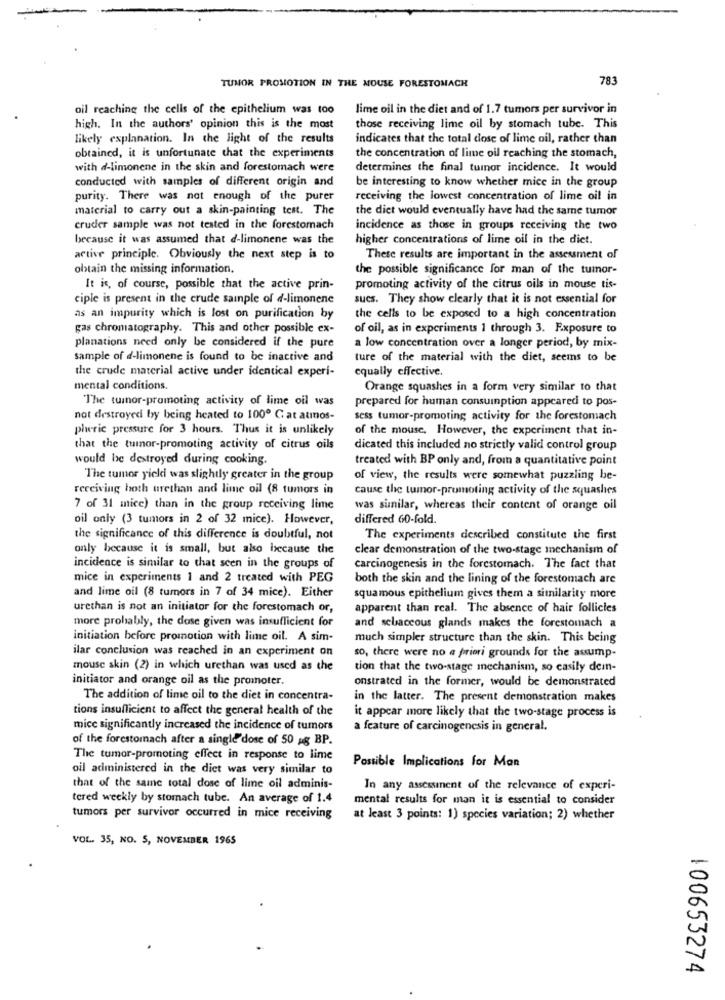
TUMOR PROMOTION IN THE MOUSE FORESTOMACH
783
oil reaching the cells of the epithelium was too
lime oil in the diet and of 1.7 tumors per survivor in
high. In the authors' opinion this is the most
those receiving lime oil by stomach tube. This
likely explanation. In the light of the results
indicates that the total dose of lime oil, rather than
the concentration of lime oil reaching the stomach,
obtained, it is unfortunate that the experiments
with d-limonene in the skin and forestomach were
determines the final tumor incidence. It would
conducted with samples of different origin and
be interesting to know whether mice in the group
purity. There was not enough of the purer
receiving the lowest concentration of lime oil in
material to carry out a skin-painting test. The
the diet would eventually have had the same tumor
cruder sample was not tested in the forestomach
incidence as those in groups receiving the two
because it was assumed that d-limonene was the
higher concentrations of lime oil in the diet.
active principle. Obviously the next step is to
These results are important in the assessment of
obtain the missing information.
the possible significance for man of the tumor-
It is, of course, possible that the active prin-
promoting activity of the citrus oils in mouse tis-
ciple is present in the crude sample of d-limonene
sucs. They show clearly that it is not essential for
as an impurity which is lost on purification by
the cells to be exposed to a high concentration
gas chromatography. This and other possible ex-
of oil, as in experiments 1 through 3. Exposure to
planations need only be considered if the pure
a low concentration over a longer period, by mix-
sample of d-limonene is found to be inactive and
ture of the material with the diet, seems to be
the crude material active under identical experi-
equally effective.
mental conditions.
Orange squashes in a form very similar to that
The tumor-promoting activity of lime oil was
prepared for human consumption appeared to pos-
not destroyed by being heated to 100º Cat atmos-
sess tumor-promoting activity for the forestomach
pheric pressure for 3 hours. Thus it is unlikely
of the mouse, However, the experiment that in-
that the tumor-promoting activity of citrus oils
dicated this included no strictly valid control group
would be destroyed during cooking.
treated with BP only and, from a quantitative point
The tumor yieldi was slightly greater in the group
of view, the results were somewhat puzzling be-
receiving hoth urethan and lime oil (8 tumors in
cause the tumor-promoting activity of the squashes
7 of 31 mice) than in the group receiving lime
was sunilar, whereas their content of orange oil
oil only (3 tumors in 2 of 32 mice). However,
differed 60-fold.
the significance of this difference is doubtful, not
The experiments described constitute the first
only because it is small, but also because the
clear demonstration of the two-stage mechanism of
incidence is similar to that seen in the groups of
carcinogenesis in the forestomach. The fact that
mice in experiments 1 and 2 treated with PEG
both the skin and the lining of the forestomach are
and lime oil (8 tumors in 7 of 34 mice). Either
squamous epithelium gives them a similarity more
urethan is not an initiator for the forestomach or,
apparent than real. The absence of hair follicles
more probably, the dose given was insufficient for
and sebaceous glands makes the forestomach a
initiation before promotion with lime oil. A sim-
much simpler structure than the skin. This being
ilar conclusion was reached in an experiment on
so, there were no a priori grounds for the assump-
mouse skin (2) in which urethan was used as the
tion that the two-stage mechanism, so easily dem-
initiator and orange oil as the promoter.
onstrated in the former, would be demonstrated
The addition of lime oil to the diet in concentra-
in the latter. The present demonstration makes
tions insufficient to affect the general health of the
it appear more likely that the two-stage process is
mice significantly increased the incidence of tumors
a feature of carcinogenesis in general.
of the forestomach after a single dose of 50 ag BP.
The tumor-promoting effect in response to lime
Possible Implications for Man
oil administered in the diet was very similar to
that of the same total dose of lime oil adminis-
In any assessment of the relevance of experi-
tered weekly by stomach tube. An average of 1.4
mental results for man it is essential to consider
tumors per survivor occurred in mice receiving
at least 3 points: 1) species variation; 2) whether
VOL. 35, NO. 5, NOVEMBER 1965
100653274